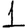
Digit: 1